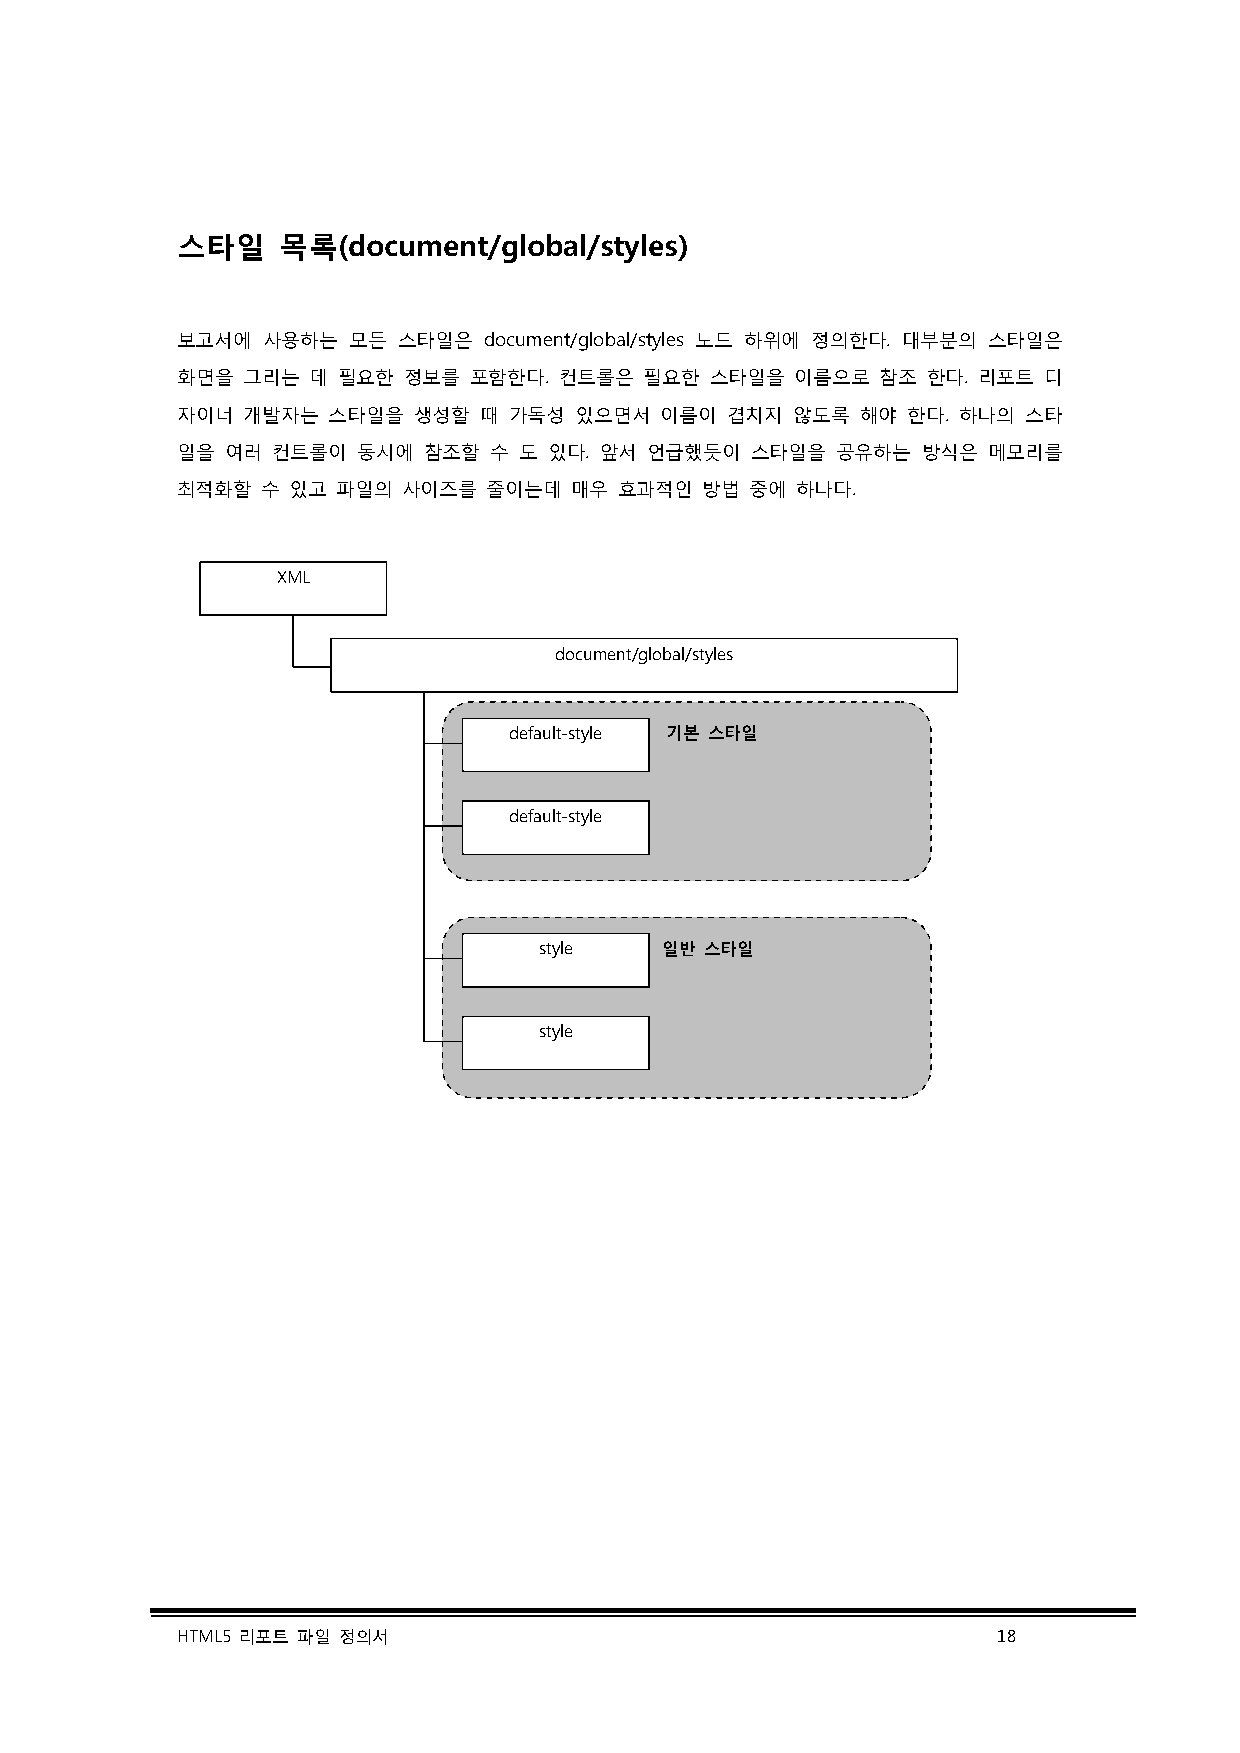
스타일   목록(document/global/styles)
 보고서에 사용하는  모든 스타일은  document/global/styles 노드 하위에 정의한다. 대부분의 스타일은
 화면을 그리는 데 필요한  정보를 포함한다. 컨트롤은  필요한 스타일을  이름으로 참조 한다. 리포트 디
 자이너 개발자는  스타일을 생성할  때 가독성 있으면서  이름이 겹치지 않도록  해야 한다. 하나의 스타
 일을 여러 컨트롤이  동시에 참조할 수 도 있다. 앞서 언급했듯이  스타일을 공유하는  방식은 메모리를
 최적화할 수 있고 파일의  사이즈를 줄이는데  매우 효과적인 방법  중에 하나다.
 XML
 document/global/styles
 default-style 기본 스타일
 default-style
 style   일반 스타일
 style
 HTML5 리포트 파일 정의서                                      18